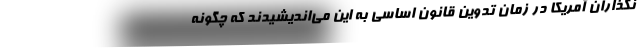
نگذاران آمریکا در زمان تدوین قانون اساسی به این می‌اندیشیدند که چگونه